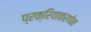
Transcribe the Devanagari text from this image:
प्रक्रियाकरणेन